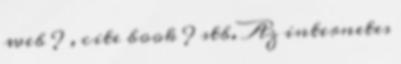
web ? , cite book ? stb. Az internetes